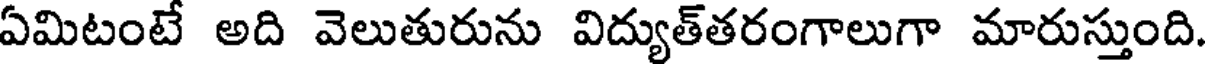
ఏమిటంటే అది వెలుతురును విద్యుత్తరంగాలుగా మారుస్తుంది.